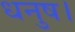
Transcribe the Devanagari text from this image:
धनुष।